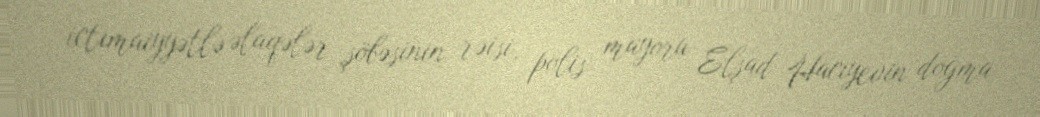
ictimaiyyətlə əlaqələr şöbəsinin rəisi, polis mayoru Elşad Hacıyevin doğma